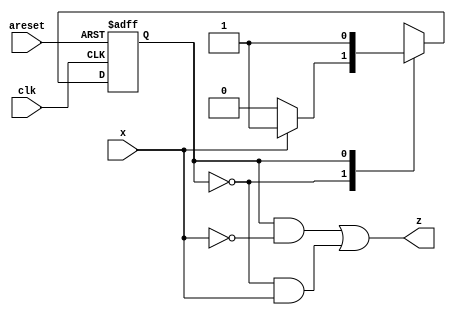
module top_module (
    input clk,
    input areset,
    input x,
    output z
); 
    
    parameter A=0, B=1;
    reg  state, state_next;
    
    always @(posedge clk or posedge areset)
        begin
            if (areset)
            state <= A;
    		else
            state <= state_next;
    	end
    
    always @(*)
        begin
            case (state)
                A: state_next <= x ? B : A ;
                B: state_next <= B ;
            endcase
        end
    
    assign z = (state == B)&(~x) || (state == A)&(x);
        
endmodule